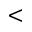
<